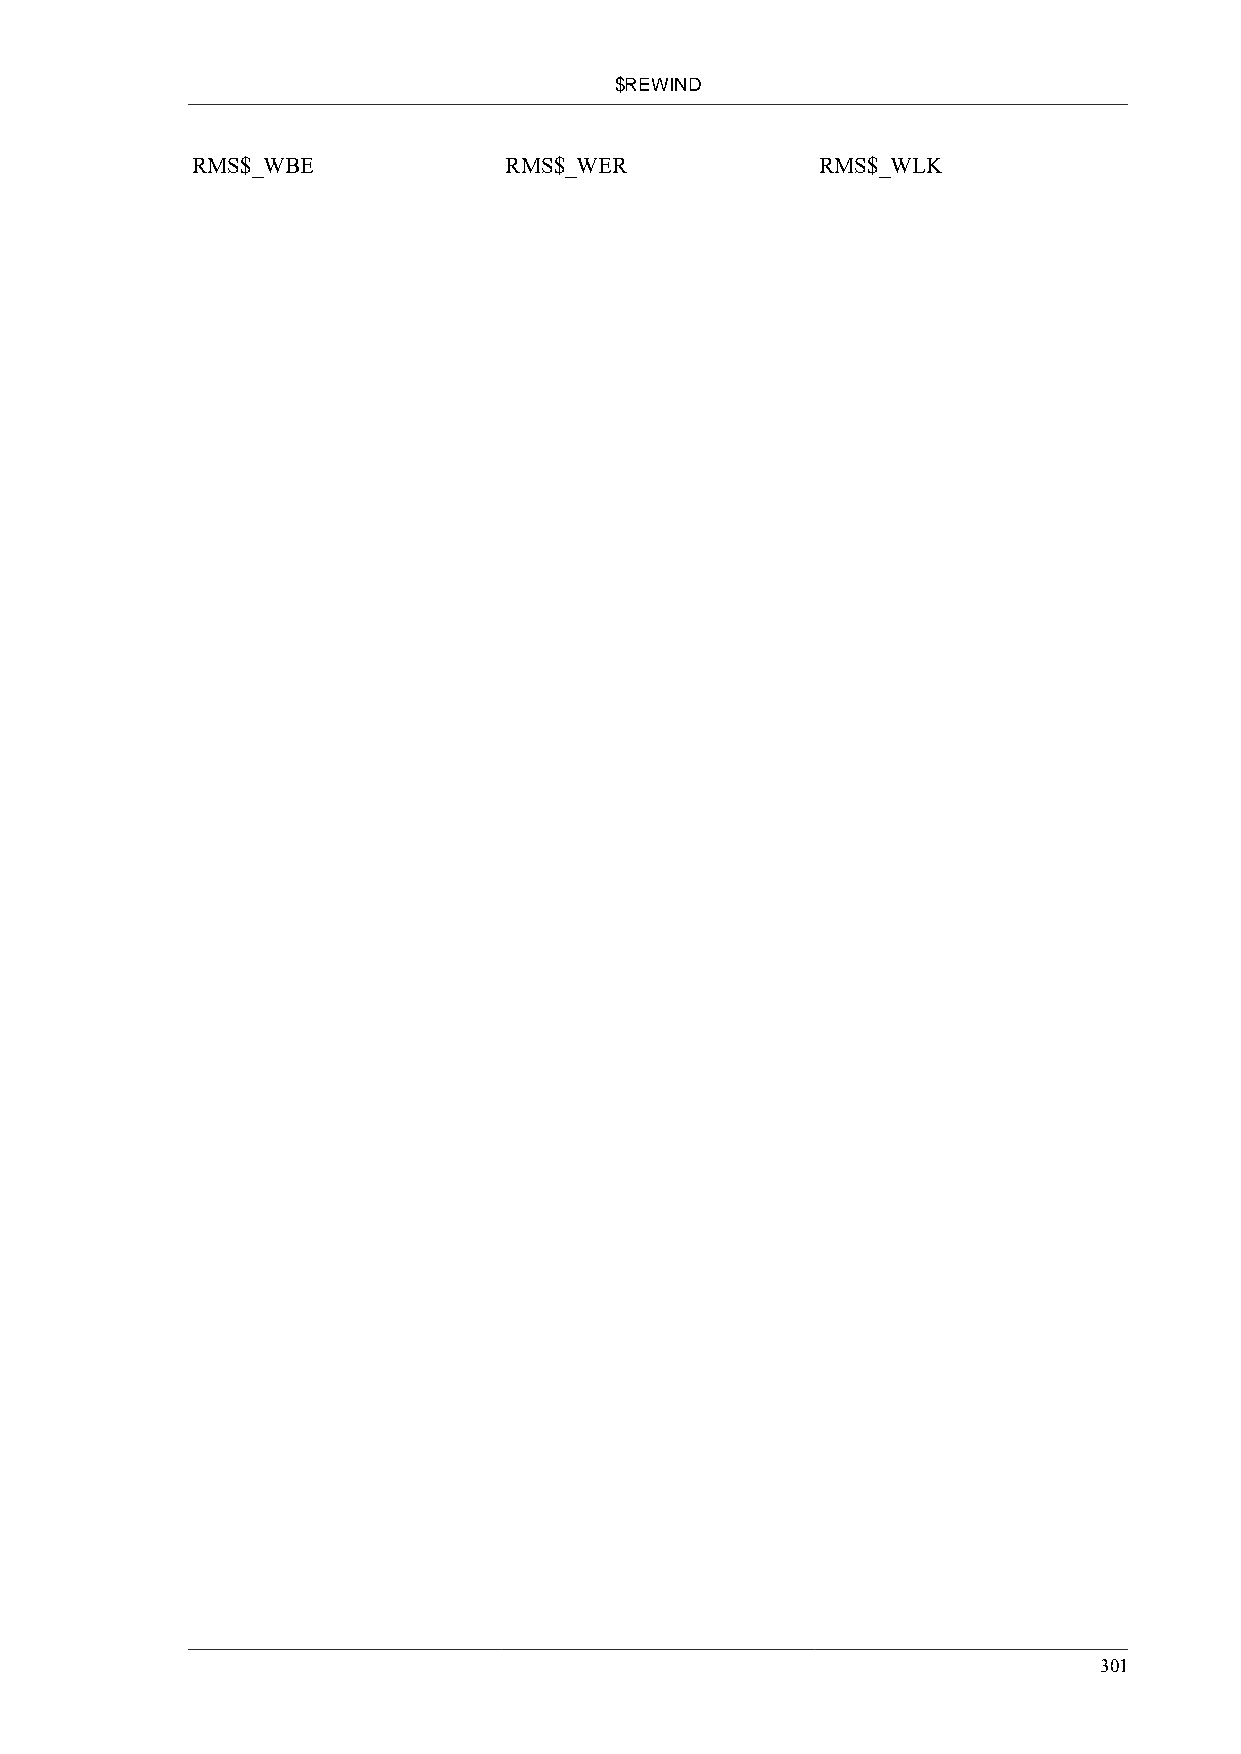
$REWIND
 RMS$_WBE            RMS$_WER             RMS$_WLK
 301